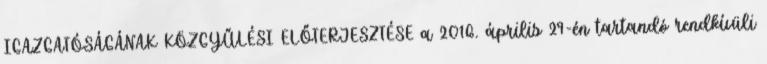
IGAZGATÓSÁGÁNAK KÖZGYŰLÉSI ELŐTERJESZTÉSE a 2016. április 29-én tartandó rendkívüli